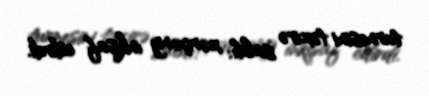
turnesini təxirə saldı: xərçəng inkişaf edirdi.